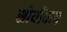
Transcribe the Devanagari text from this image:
सोयींचाच